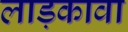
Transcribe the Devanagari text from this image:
लाड़कावा